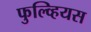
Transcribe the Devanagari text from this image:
फुल्व्हियस